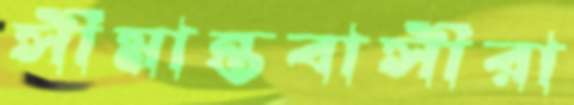
সীমান্তবাসীরা